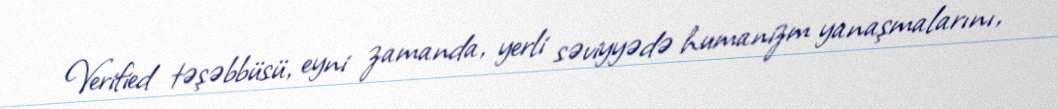
Verified təşəbbüsü, eyni zamanda, yerli səviyyədə humanizm yanaşmalarını,